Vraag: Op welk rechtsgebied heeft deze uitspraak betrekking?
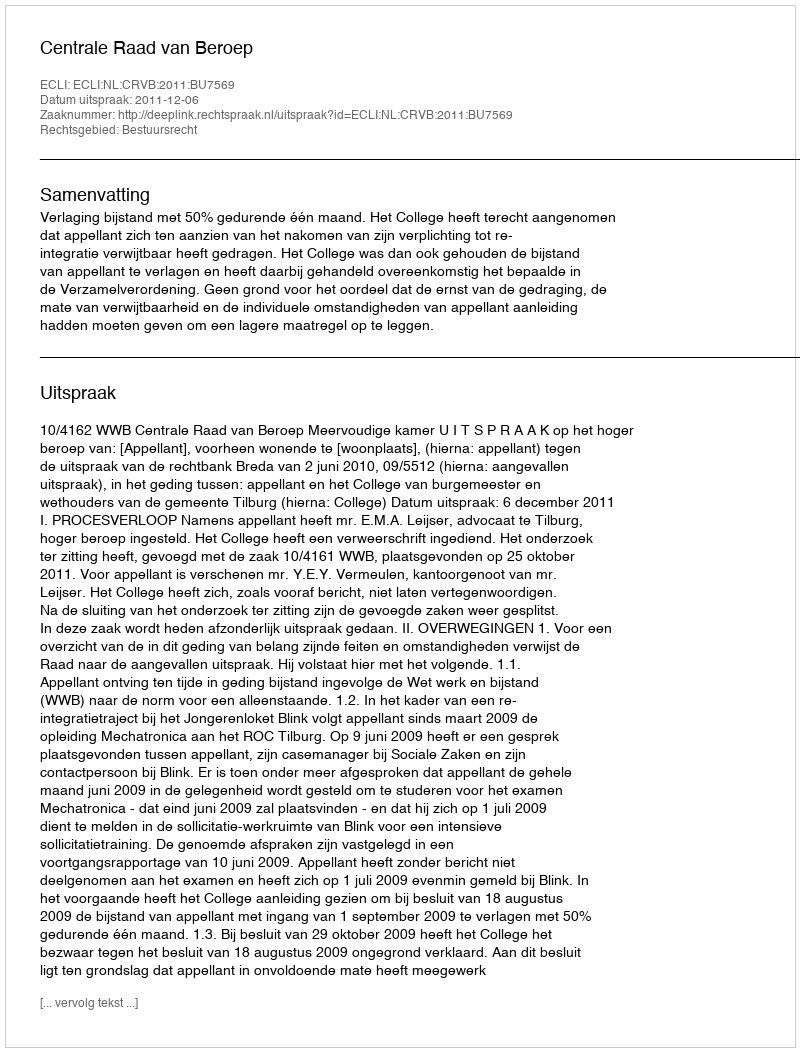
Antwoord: Bestuursrecht